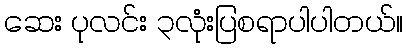
ဆေး ပုလင်း ၃လုံးပြစရာပါပါတယ်။